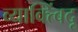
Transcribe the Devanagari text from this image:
व्याक्त्बिंदू